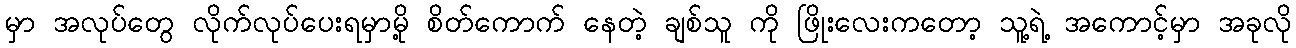
မှာ အလုပ်တွေ လိုက်လုပ်ပေးရမှာမို့ စိတ်ကောက် နေတဲ့ ချစ်သူ ကို ဖြိုးလေးကတော့ သူ့ရဲ့ အကောင့်မှာ အခုလို